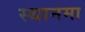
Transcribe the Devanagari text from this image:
स्थानमा